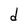
Character: d